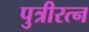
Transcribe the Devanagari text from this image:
पुत्रीरत्न